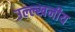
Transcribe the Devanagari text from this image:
उल्ल्खनीय